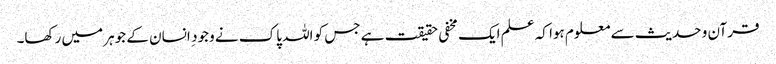
قرآن و حدیث سے معلوم ہوا کہ علم ایک مخفی حقیقت ہے جس کو اللہ پاک نے وجود ِ انسان کے جوہر میں رکھا۔